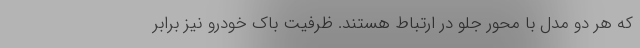
که هر دو مدل با محور جلو در ارتباط هستند. ظرفیت باک خودرو نیز برابر